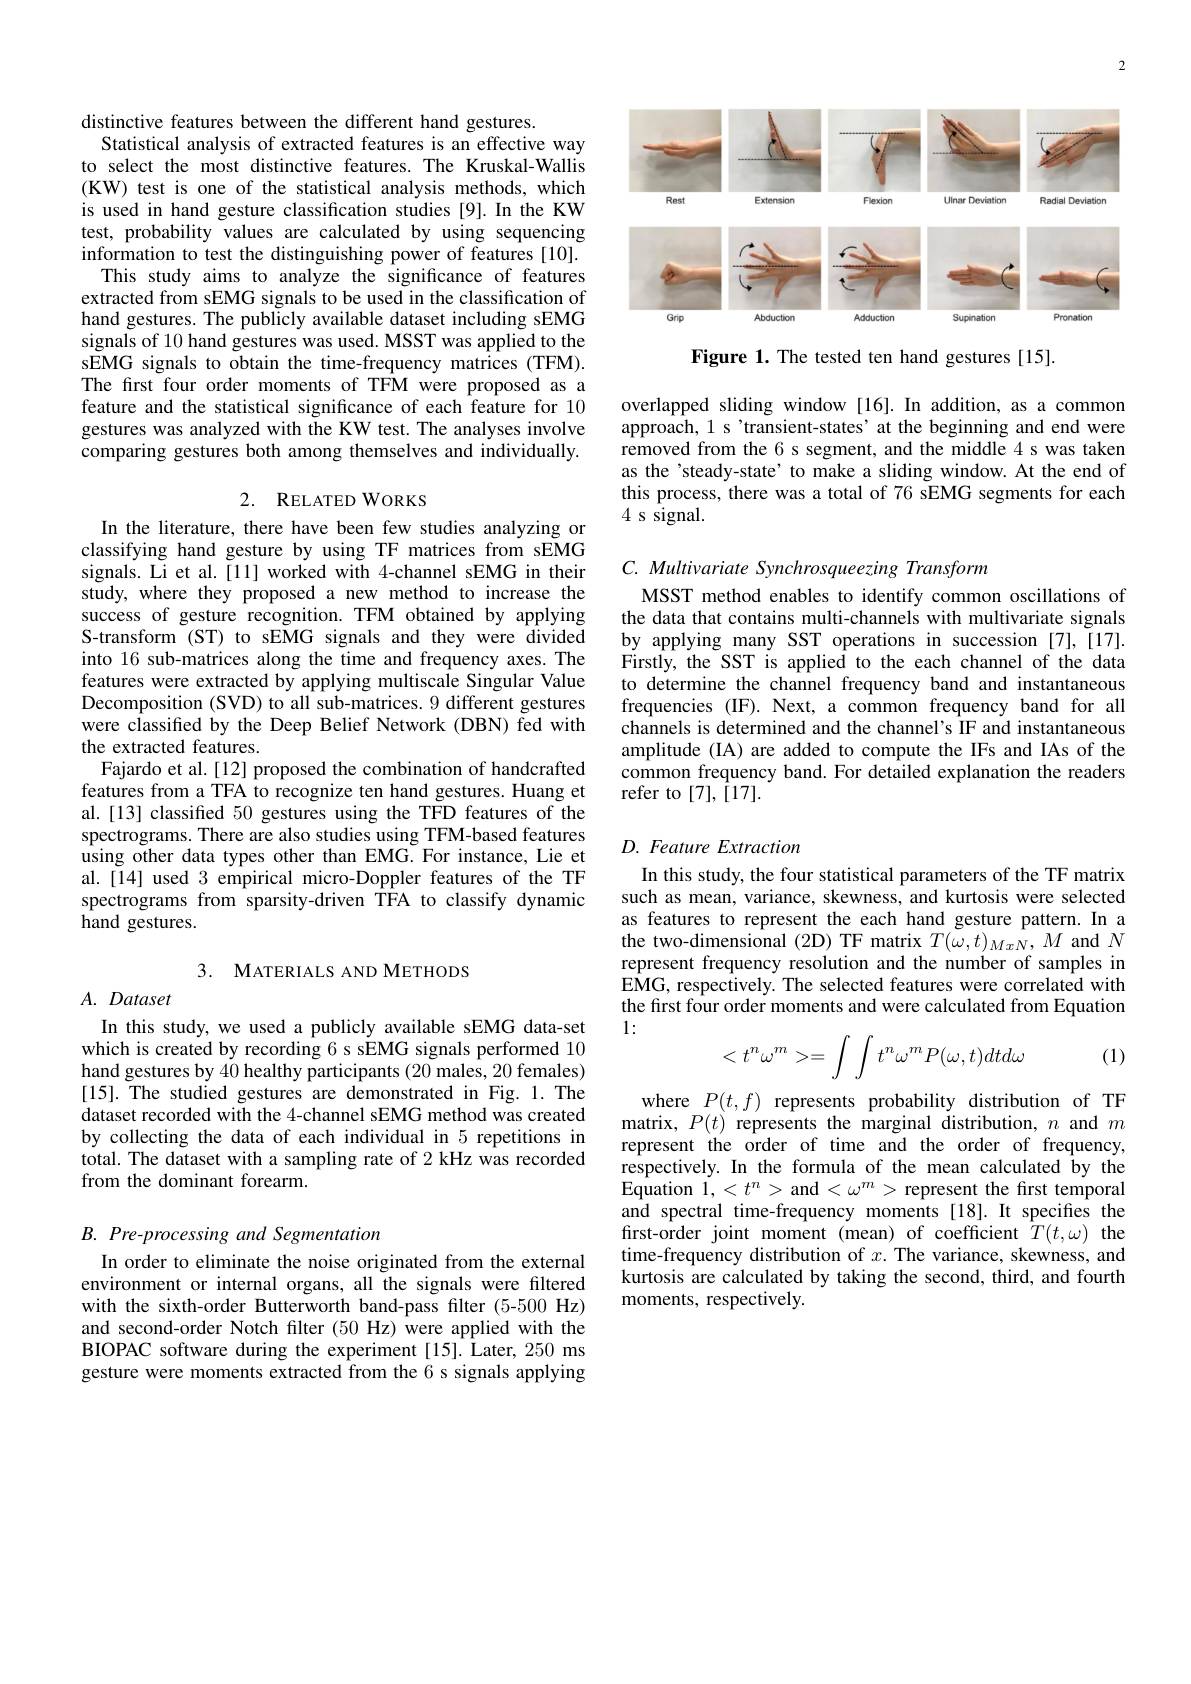
distinctive features between the different hand gestures.
Statistical analysis of extracted features is an effective way to select the most distinctive features. The Kruskal-Wallis (KW) test is one of the statistical analysis methods, which is used in hand gesture classification studies [9].In the KW test, probability values are calculated by using sequencing information to test the distinguishing power of features [10].
This study aims to analyze the significance of features extracted from sEMG signals to be used in the classification of hand gestures. The publicly available dataset including sEMG signals of 10 hand gestures was used. MSST was applied to the sEMG signals to obtain the time-frequency matrices (TFM). The first four order moments of TFM were proposed as a feature and the statistical significance of each feature for 10 gestures was analyzed with the KW test. The analyses involve comparing gestures both among themselves and individually.

## 2. RELATED WORKS

In the literature, there have been few studies analyzing or classifying hand gesture by using TF matrices from sEMG signals. Li et al.[11] worked with 4-channel sEMG in their study, where they proposed a new method to increase the success of gesture recognition. TFM obtained by applying S-transform (ST) to sEMG signals and they were divided into 16 sub-matrices along the time and frequency axes. The features were extracted by applying multiscale Singular Value Decomposition (SVD) to all sub-matrices. 9 different gestures were classified by the Deep Belief Network (DBN) fed with the extracted features.
Fajardo et al. [12] proposed the combination of handcrafted features from a TFA to recognize ten hand gestures. Huang et al.[13] classifed 50 gestures using the TFD features of the spectrograms. There are also studies using TFM-based features using other data types other than EMG.For instance, Lie et al.[14] used 3 empirical micro-Doppler features of the TF spectrograms from sparsity-driven TFA to classify dynamic hand gestures.

3. MATERIALS AND METHODS

# $A.$ Dataset

In this study, we used a publicly available sEMG data-set which is created by recording 6 s sEMG signals performed 10 hand gestures by 40 healthy participants (20 males, 20 females) [15]. The studied gestures are demonstrated in Fig. 1. The dataset recorded with the 4-channel sEMG method was created by collecting the data of each individual in 5 repetitions in total. The dataset with a sampling rate of 2 kHz was recorded from the dominant forearm.

B. Pre-processing and Segmentation

In order to eliminate the noise originated from the external environment or internal organs, all the signals were filtered with the sixth-order Butterworth band-pass filter (5-500 Hz) and second-order Notch filter (50 Hz) were applied with the BIOPAC software during the experiment [15]. Later, 250 ms gesture were moments extracted from the 6 s signals applying

<FigureHere>

Figure 1. The tested ten hand gestures [15].

overlapped sliding window[16].In addition, as a common approach, 1 s'transient-states' at the beginning and end were removed from the 6 s segment, and the middle 4 s was taken as the'steady-state’ to make a sliding window. At the end of this process, there was a total of 76 sEMG segments for each 4 s signal.

C. Multivariate Synchrosqueezing Transform

MSST method enables to identify common oscillations of the data that contains multi-channels with multivariate signals by applying many SST operations in succession [7],[17]. Firstly, the SST is applied to the each channel of the data to determine the channel frequency band and instantaneous frequencies (IF). Next, a common frequency band for all channels is determined and the channel's IF and instantaneous amplitude (IA) are added to compute the IFs and IAs of the common frequency band. For detailed explanation the readers refer to [7],[17].

## D. Feature Extraction

In this study, the four statistical parameters of the TF matrix such as mean, variance, skewness, and kurtosis were selected as features to represent the each hand gesture pattern. In a the two-dimensional (2D) TF matrix $T(\tilde{\omega},t)_{MxN},M$ and $N$ represent frequency resolution and the number of samples in EMG, respectively. The selected features were correlated with the first four order moments and were calculated from Equation 1:
$$<t^n\omega^m>=\int\int t^n\omega^mP(\omega,t)dtd\omega $$
(1)

where $P(t,f)$ represents probability distribution of TF matrix, $P(t)$ represents the marginal distribution, $n$ and $m$ represent the order of time and the order of frequency, respectively. In the formula of the mean calculated by the Equation $1,<t^n>$ and $<\omega^m>$ represent the first temporal and spectral time-frequency moments [18]. It specifies the first-order joint moment (mean) of coefficient $\hat{T}(t,\omega)$ the time-frequency distribution of $x.$ The variance, skewness, and kurtosis are calculated by taking the second, third, and fourth moments, respectively.